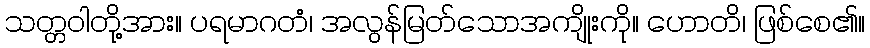
သတ္တဝါတို့အား။ ပရမာဂတံ၊ အလွန်မြတ်သောအကျိုးကို။ ဟောတိ၊ ဖြစ်စေ၏။